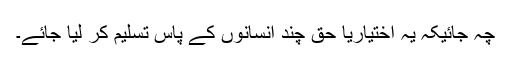
چہ جائیکہ یہ اختیاریا حق چند انسانوں کے پاس تسلیم کر لیا جائے۔